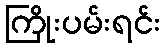
ကြိုးပမ်းရင်း